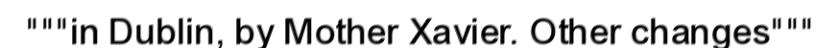
"""in Dublin, by Mother Xavier. Other changes"""